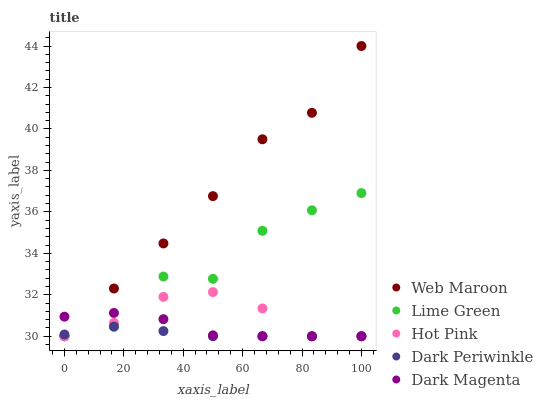
| xaxis_label | Web Maroon | Lime Green | Hot Pink | Dark Periwinkle | Dark Magenta |
 | --- | --- | --- | --- | --- | --- |
 | 0 | 30 | 30 | 30 | 30.1 | 30.9 |
 | 16.7 | 32.3 | 30.5 | 30.6 | 30.5 | 31.1 |
 | 33.3 | 34.5 | 32.9 | 31.9 | 30.2 | 30.8 |
 | 50 | 36.8 | 32.8 | 32.1 | 30 | 30 |
 | 66.7 | 39.5 | 35.1 | 31.3 | 30 | 30 |
 | 83.3 | 40.8 | 36.1 | 30 | 30 | 30 |
 | 100 | 44 | 36.9 | 30 | 30 | 30 |